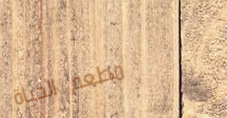
مطعم الحياة